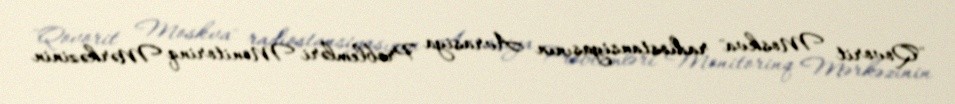
"Qovorit Moskva" radiostansiyasının Avrasiya Problemləri Monitorinq Mərkəzinin